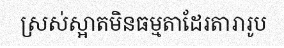
ស្រស់ស្អាតមិនធម្មតាដែរតារារូប